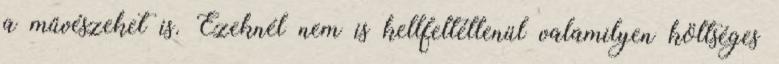
a művészeket is. Ezeknél nem is kellfeltétlenül valamilyen költséges